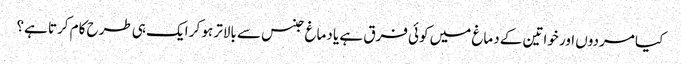
کیا مردوں اور خواتین کے دماغ میں کوئی فرق ہے یا دماغ جنس سے بالاتر ہو کر ایک ہی طرح کام کرتا ہے؟